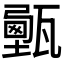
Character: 𤮔